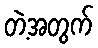
တဲ့အတွက်